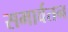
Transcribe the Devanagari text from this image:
समार्वतन